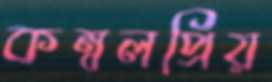
কম্বলপ্রিয়